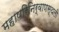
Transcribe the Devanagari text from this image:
महापरिनिर्वाणस्थली